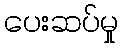
ပေးဆပ်မှု